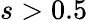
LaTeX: s>0.5